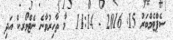
ސެޕްޓެމްބަރު 15